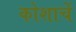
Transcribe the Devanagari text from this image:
कोशाचें